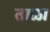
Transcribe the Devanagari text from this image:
ताळा